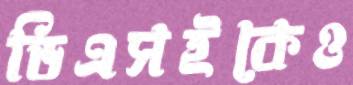
ডিএসইকেও